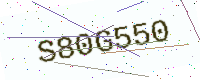
Text: S80G550